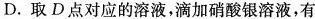
D. 取D点对应的溶液，滴加硝酸银溶液，有